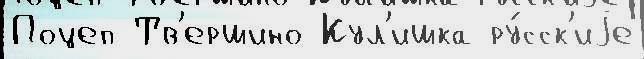
Поцеп Тв'ершино Кул'ишка ру́сск'иjе